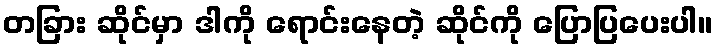
တခြား ဆိုင်မှာ ဒါကို ရောင်းနေတဲ့ ဆိုင်ကို ပြောပြပေးပါ။